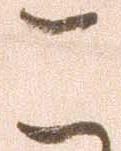
こ